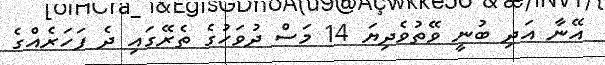
އޭނާ އަދި ބުނީ ވޭތުވެދިޔަ 14 މަސް ދުވަހުގެ ތެރޭގައި ދެ ފަހަރެއްގެ